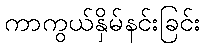
ကာကွယ်နှိမ်နင်းခြင်း